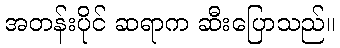
အတန်းပိုင် ဆရာက ဆီးပြောသည်။